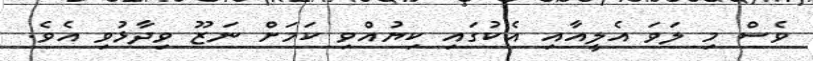
ވެސް މި ލަވަ އެލީއާއި އެކުގައި ކިޔުއްވި ކަމަށް ނަޒޫ ވިދާޅުވި އެވެ.